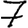
Digit: 7